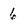
Character: 6